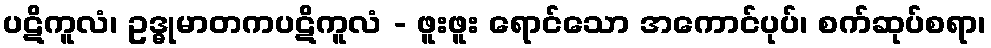
ပဋိကူလံ၊ ဥဒ္ဓုမာတကပဋိကူလံ - ဖူးဖူး ရောင်သော အကောင်ပုပ်၊ စက်ဆုပ်စရာ၊